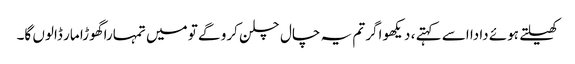
کھیلتے ہوئے دادا اسے کہتے ، دیکھو اگر تم یہ چال چلن کرو گے تو میں تمہارا گھوڑا مار ڈالوں گا۔